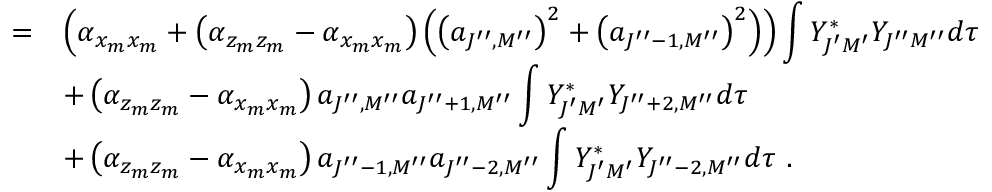
\begin{array} { r c l } { { } } & { { = } } & { { \left( \alpha _ { x _ { m } x _ { m } } + \left( \alpha _ { z _ { m } z _ { m } } - \alpha _ { x _ { m } x _ { m } } \right) \left( \left( a _ { J ^ { \prime \prime } , M ^ { \prime \prime } } \right) ^ { 2 } + \left( a _ { J ^ { \prime \prime } - 1 , M ^ { \prime \prime } } \right) ^ { 2 } \right) \right) \displaystyle \int Y _ { J ^ { \prime } M ^ { \prime } } ^ { \ast } Y _ { J ^ { \prime \prime } M ^ { \prime \prime } } d \tau } } \\ { { } } & { { } } & { { + \left( \alpha _ { z _ { m } z _ { m } } - \alpha _ { x _ { m } x _ { m } } \right) a _ { J ^ { \prime \prime } , M ^ { \prime \prime } } a _ { J ^ { \prime \prime } + 1 , M ^ { \prime \prime } } \displaystyle \int Y _ { J ^ { \prime } M ^ { \prime } } ^ { \ast } Y _ { J ^ { \prime \prime } + 2 , M ^ { \prime \prime } } d \tau } } \\ { { } } & { { } } & { { + \left( \alpha _ { z _ { m } z _ { m } } - \alpha _ { x _ { m } x _ { m } } \right) a _ { J ^ { \prime \prime } - 1 , M ^ { \prime \prime } } a _ { J ^ { \prime \prime } - 2 , M ^ { \prime \prime } } \displaystyle \int Y _ { J ^ { \prime } M ^ { \prime } } ^ { \ast } Y _ { J ^ { \prime \prime } - 2 , M ^ { \prime \prime } } d \tau ~ . } } \end{array}